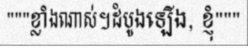
"""ខ្លាំងណាស់។ដំបូងឡើង, ខ្ញុំ"""